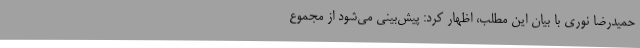
حمیدرضا نوری با بیان این مطلب، اظهار کرد: پیش‌بینی می‌شود از مجموع